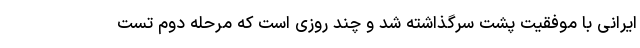
ایرانی با موفقیت پشت سرگذاشته شد و چند روزی است که مرحله دوم تست